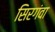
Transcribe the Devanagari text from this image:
सिरगंवा